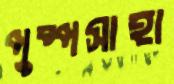
পুষ্পসাহা